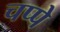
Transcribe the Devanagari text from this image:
चप्पे